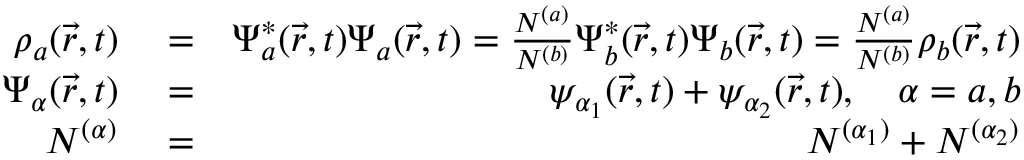
\begin{array} { r l r } { \rho _ { a } ( \vec { r } , t ) } & { { } = } & { \Psi _ { a } ^ { * } ( \vec { r } , t ) \Psi _ { a } ( \vec { r } , t ) = \frac { N ^ { ( a ) } } { N ^ { ( b ) } } \Psi _ { b } ^ { * } ( \vec { r } , t ) \Psi _ { b } ( \vec { r } , t ) = \frac { N ^ { ( a ) } } { N ^ { ( b ) } } \rho _ { b } ( \vec { r } , t ) } \\ { \Psi _ { \alpha } ( \vec { r } , t ) } & { { } = } & { \psi _ { \alpha _ { 1 } } ( \vec { r } , t ) + \psi _ { \alpha _ { 2 } } ( \vec { r } , t ) , \quad \alpha = a , b } \\ { N ^ { ( \alpha ) } } & { { } = } & { N ^ { ( \alpha _ { 1 } ) } + N ^ { ( \alpha _ { 2 } ) } } \end{array}